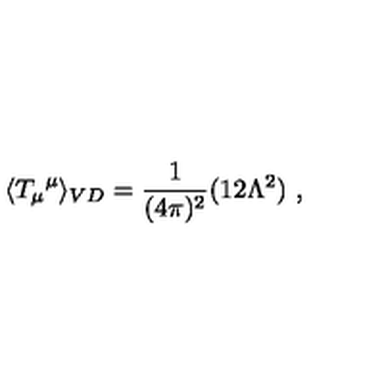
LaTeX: \langle { T _ { \mu } } ^ { \mu } \rangle _ { V D } = \frac { 1 } { ( 4 \pi ) ^ { 2 } } ( 1 2 \Lambda ^ { 2 } ) \ ,